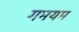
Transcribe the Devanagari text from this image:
गमयम